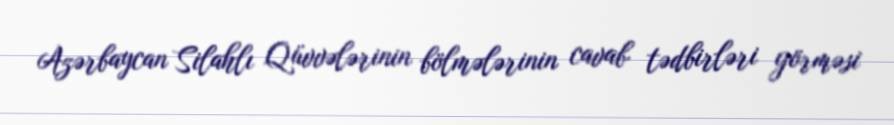
Azərbaycan Silahlı Qüvvələrinin bölmələrinin cavab tədbirləri görməsi